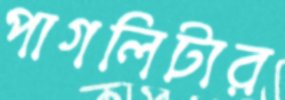
পাগলিটার